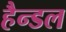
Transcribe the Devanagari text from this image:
हैन्डल